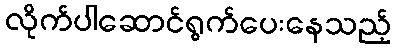
လိုက်ပါဆောင်ရွက်ပေးနေသည့်